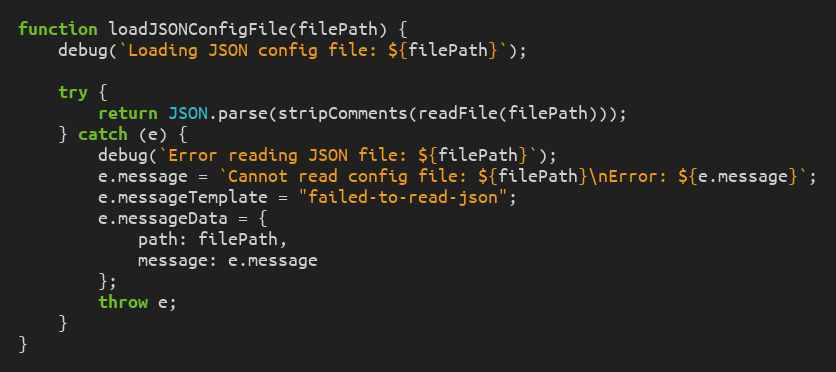
Language: JavaScript
function loadJSONConfigFile(filePath) {
    debug(`Loading JSON config file: ${filePath}`);

    try {
        return JSON.parse(stripComments(readFile(filePath)));
    } catch (e) {
        debug(`Error reading JSON file: ${filePath}`);
        e.message = `Cannot read config file: ${filePath}\nError: ${e.message}`;
        e.messageTemplate = "failed-to-read-json";
        e.messageData = {
            path: filePath,
            message: e.message
        };
        throw e;
    }
}